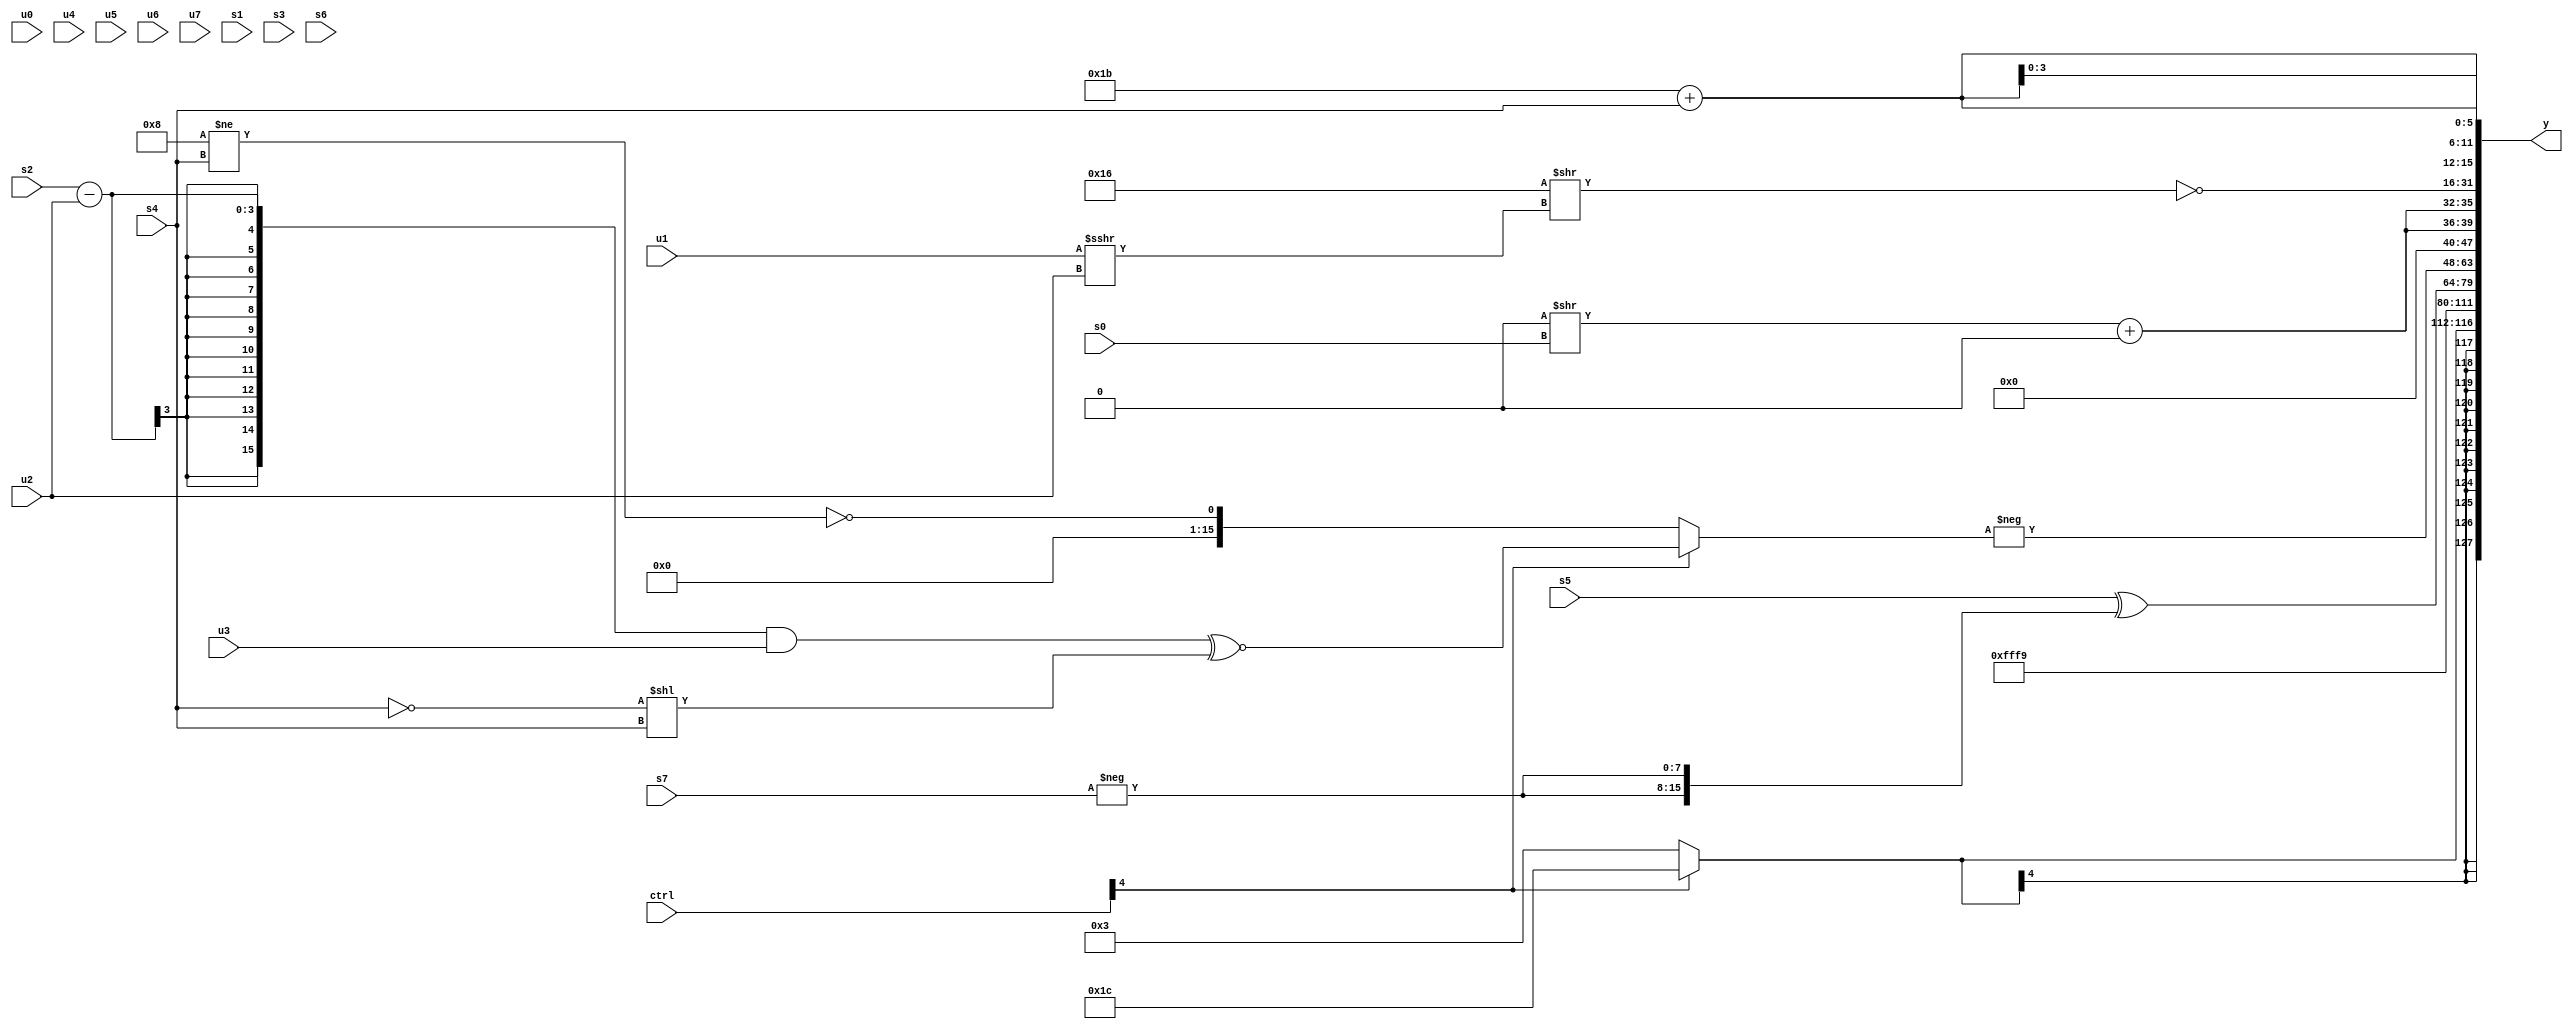
module wideexpr_00627(ctrl, u0, u1, u2, u3, u4, u5, u6, u7, s0, s1, s2, s3, s4, s5, s6, s7, y);
  input [7:0] ctrl;
  input [0:0] u0;
  input [1:0] u1;
  input [2:0] u2;
  input [3:0] u3;
  input [4:0] u4;
  input [5:0] u5;
  input [6:0] u6;
  input [7:0] u7;
  input signed [0:0] s0;
  input signed [1:0] s1;
  input signed [2:0] s2;
  input signed [3:0] s3;
  input signed [4:0] s4;
  input signed [5:0] s5;
  input signed [6:0] s6;
  input signed [7:0] s7;
  output [127:0] y;
  wire [15:0] y0;
  wire [15:0] y1;
  wire [15:0] y2;
  wire [15:0] y3;
  wire [15:0] y4;
  wire [15:0] y5;
  wire [15:0] y6;
  wire [15:0] y7;
  assign y = {y0,y1,y2,y3,y4,y5,y6,y7};
  assign y0 = (ctrl[4]?3'sb100:5'sb00011);
  assign y1 = 4'sb0000;
  assign y2 = $signed(4'sb1001);
  assign y3 = $signed((s5)^({3{-($signed(s7))}}));
  assign y4 = -((ctrl[4]?+((((s2)-(u2))&((u3)>>>(3'sb000)))^~(((s4)==(1'sb0))<<($signed(s4)))):$signed(~((5'sb01000)!=(s4)))));
  assign y5 = +({2{((4'sb0000)>>(s0))+(1'sb0)}});
  assign y6 = ~((-($signed($signed({2'sb00,{1{4'sb1010}}}))))>>((u1)>>>($signed(u2))));
  assign y7 = {4{(6'b011011)+($signed(s4))}};
endmodule